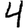
Digit: 4